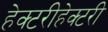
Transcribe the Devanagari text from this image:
हेक्टरीहेक्टरी